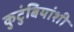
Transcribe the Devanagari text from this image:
कुटुंबियांशी